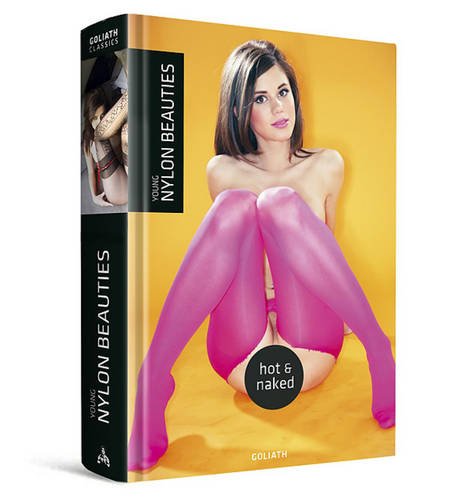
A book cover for Young Nylon Beauties: Hot & Naked; Arts & Photography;